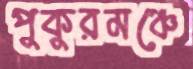
পুকুরমঞ্চে